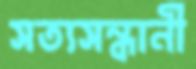
সত্যসন্ধানী